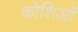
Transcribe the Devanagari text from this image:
कोशिओं